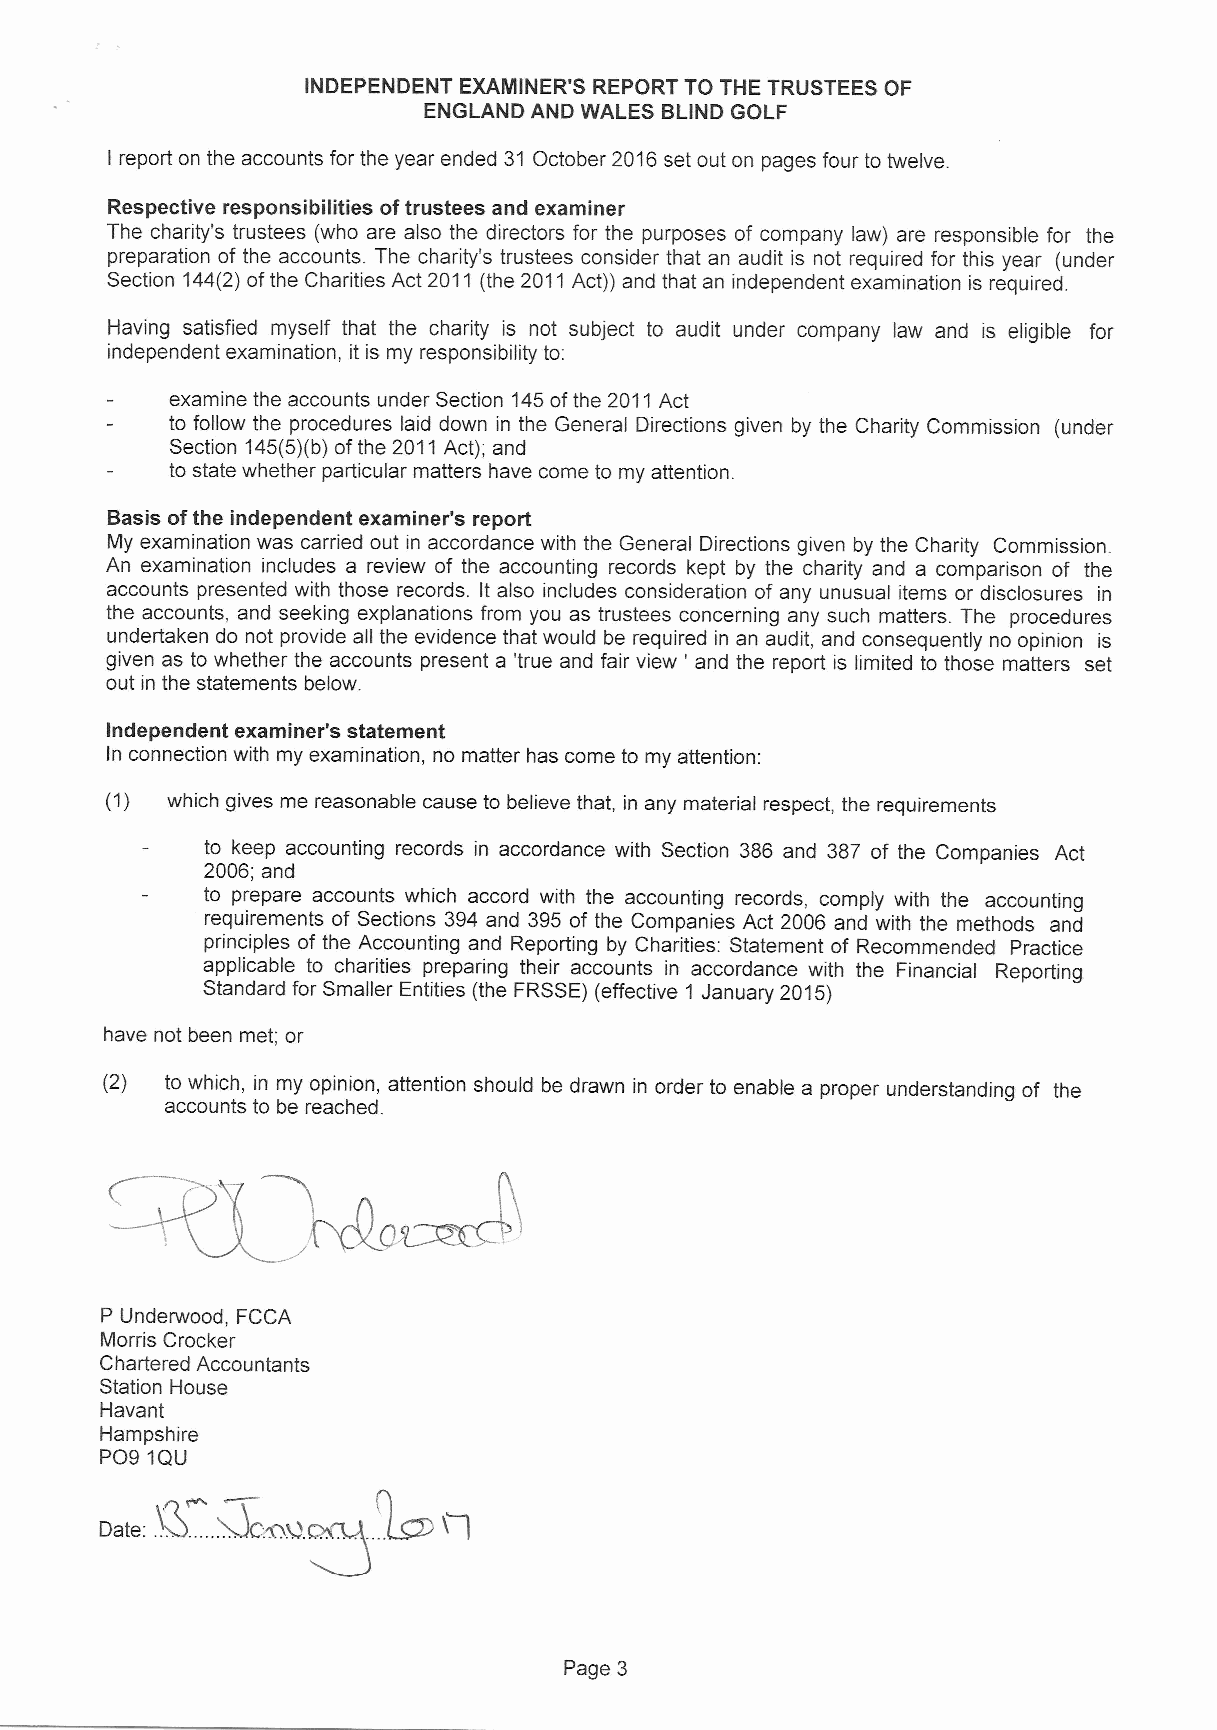
INDEPENDENT EXAMINER'S REPORT TO THE TRUSTEES OF
 ENGLAND AND WALES BLIND GOLF
 I report on the accounts for the year ended 31 October 2016set out on pages four to twelve.
 Respective responsibilities oftrustees and examiner
 The charity's trustees (who are also the directors for the purposes of company law) are responsible for the
 preparation of the accounts. The charity's trustees consider that an audit is not required for this year (under
 Section 144(2}ofthe Charities Act 2011 (the 2011Act})and that an independent examination is required.
 Having satisfied myself that the charity is not subject to audit under company law and is eligible for
 independent examination, it is my responsibility to:
 examine the accounts under Section 145ofthe 2011Act
 to follow the procedures laid down in the General Directions given by the Charity Commission (under
 Section 145(5)(b)ofthe 2011Act); and
 to state whether particular matters have come to my attention.
 Basis ofthe independent examiner's report
 My examination was carried out in accordance with the General Directions given by the Charity Commission.
 An examination includes a review of the accounting records kept by the charity and a comparison of the
 accounts presented with those records. It also includes consideration of any unusual items or disclosures in
 the accounts, and seeking explanations from you as trustees concerning any such matters. The procedures
 undertaken do not provide all the evidence that would be required in an audit, and consequently no opinion is
 given as to whether the accounts present a 'true and fair view ' and the report is limited to those matters set
 out in the statements below.
 Independent examiner's statement
 In connection with my examination, no matter has come to my attention:
 (1) which gives me reasonable cause to believe that, in any material respect, the requirements
 to keep accounting records in accordance with Section 386 and 387 of the Companies Act
 2006; and
 to prepare accounts which accord with the accounting records, comply with the accounting
 requirements of Sections 394 and 395 of the Companies Act 2006 and with the methods and
 principles of the Accounting and Reporting by Charities: Statement of Recommended Practice
 applicable to charities preparing their accounts in accordance with the Financial Reporting
 Standard for Smaller Entities (the FRSSE)(effective 1 January 2015)
 have not been met; or
 (2) to which, in my opinion, attention should be drawn in order to enable a proper understanding of the
 accounts to be reached.
 P Underwood, FCCA
 Morris Crocker
 Chartered Accountants
 Station House
 Havant
 Hampshire
 PO9 1QU
 Page 3